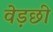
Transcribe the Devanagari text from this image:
वेड़छी